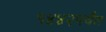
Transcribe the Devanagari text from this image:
१४४२पर्यंत